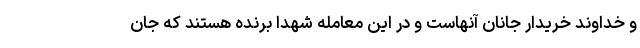
و خداوند خریدار جانان آنهاست و در این معامله شهدا برنده هستند که جان